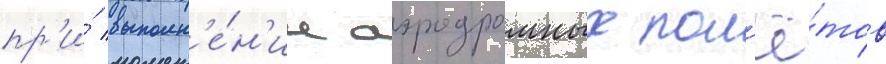
пр'и́ выполн'е́н'ии аэродромных пол'ё́тов